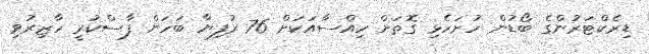
ޑިރެކްޓަރުންގެ ބޯޑުން ހުށަހެޅި ގޮތަށް ހިއްސާއަކަށް 76 ރުފިޔާ ބަހަން ފާސްކުރީ ހާޒިރުވި